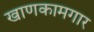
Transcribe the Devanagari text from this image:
खाणकामगार